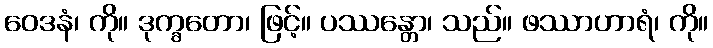
ဝေဒနံ၊ ကို။ ဒုက္ခတော၊ ဖြင့်။ ပဿန္တော၊ သည်။ ဖဿာဟာရံ၊ ကို။